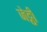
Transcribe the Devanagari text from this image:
जेट्ठी